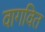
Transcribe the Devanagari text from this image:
वागवित